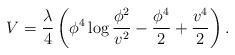
LaTeX: \begin{align*}V = {\lambda\over 4} \left(\phi^4\log {\phi^2\over v^2}- {\phi^4\over2} +{v^4\over2} \right).\end{align*}